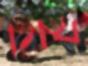
থিফ